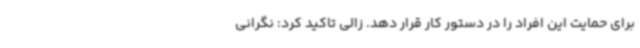
برای حمایت این افراد را در دستور کار قرار دهد. زالی تاکید کرد: نگرانی